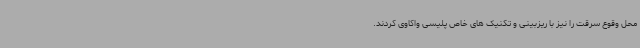
محل وقوع سرقت را نیز با ریزبینی و تکنیک های خاص پلیسی واکاوی کردند.